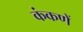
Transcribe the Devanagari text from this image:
कंकणें